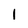
Character: 1